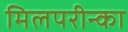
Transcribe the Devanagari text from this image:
मिलपरीन्का